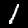
Label: 1